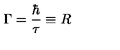
\Gamma = \frac { \hbar } { \tau } \equiv R